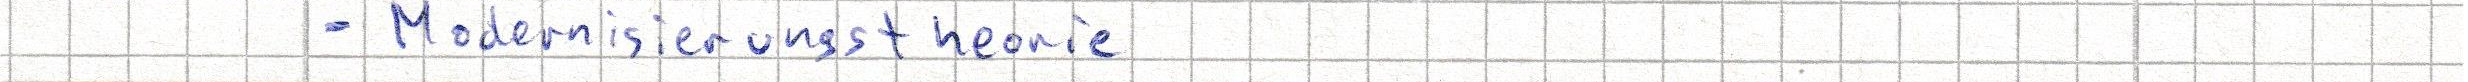
- Modernisierungstheorie